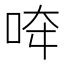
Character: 𱒪